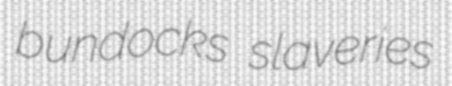
bundocks slaveries